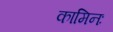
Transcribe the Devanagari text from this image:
कामिनः